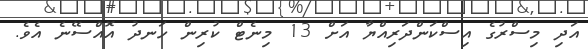
އަދި މިސްރުގެ އިސްކަންދަރިއްޔާ އަށް 13 މިނެޓް ކުރިން ހަނދު އޮއްސޭނެ އެވެ.